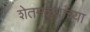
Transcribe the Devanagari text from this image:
शेतमळ्यांच्या